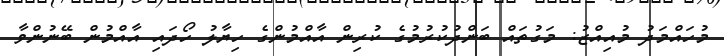
މުހައްމަދު މުއިއްޒު: މަގުތައް ބަންދުކުރުމުގެ ކުރިން އާއްމުންގެ ހިޔާލު ހޯދައި އާއްމުން ބޭނުންވާ